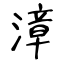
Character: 漳